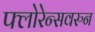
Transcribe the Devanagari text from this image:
फ्लोरेन्सवरुन